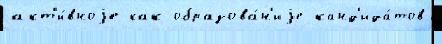
акт'и́вноjе как образова́н'иjе канд'ида́тов